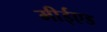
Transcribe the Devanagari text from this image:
मीईएड